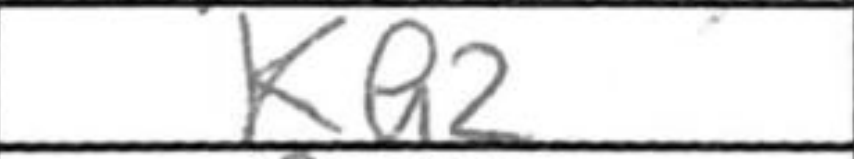
Transcription: Ka2